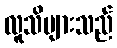
လူသိများသည်